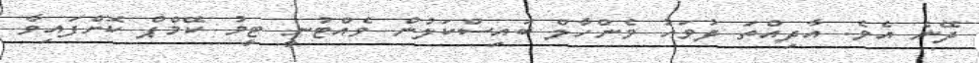
ދޭނެ އެވެ. އާދިއްތަ ދުވަހު ވެންހާލް ބައިސްކަލުން ވެއްޓުނީ ޓީމު ކޭމްޕް ކޮށްފައިވާ